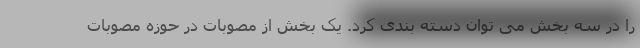
را در سه بخش می توان دسته بندی کرد. یک بخش از مصوبات در حوزه مصوبات